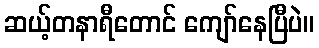
ဆယ့်တနာရီတောင် ကျော်နေပြီပဲ။